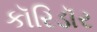
કૉરિડૉર